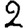
Digit: 2